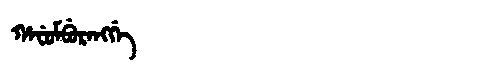
Manchu: ᡥᠠᠸᡠᠮᠪᡠᡵᠠᠩᡤᡝ
Romanization: HAFUMBURANGGE